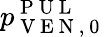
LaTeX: p_{\mathrm{~V~E~N~,~0~}}^{\mathrm{~P~U~L~}}